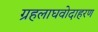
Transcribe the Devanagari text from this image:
ग्रहलाघवोदाहरण